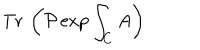
{ \mathrm { T r } } \: \left( \mathcal { P } \exp { \int _ { C } A } \right)